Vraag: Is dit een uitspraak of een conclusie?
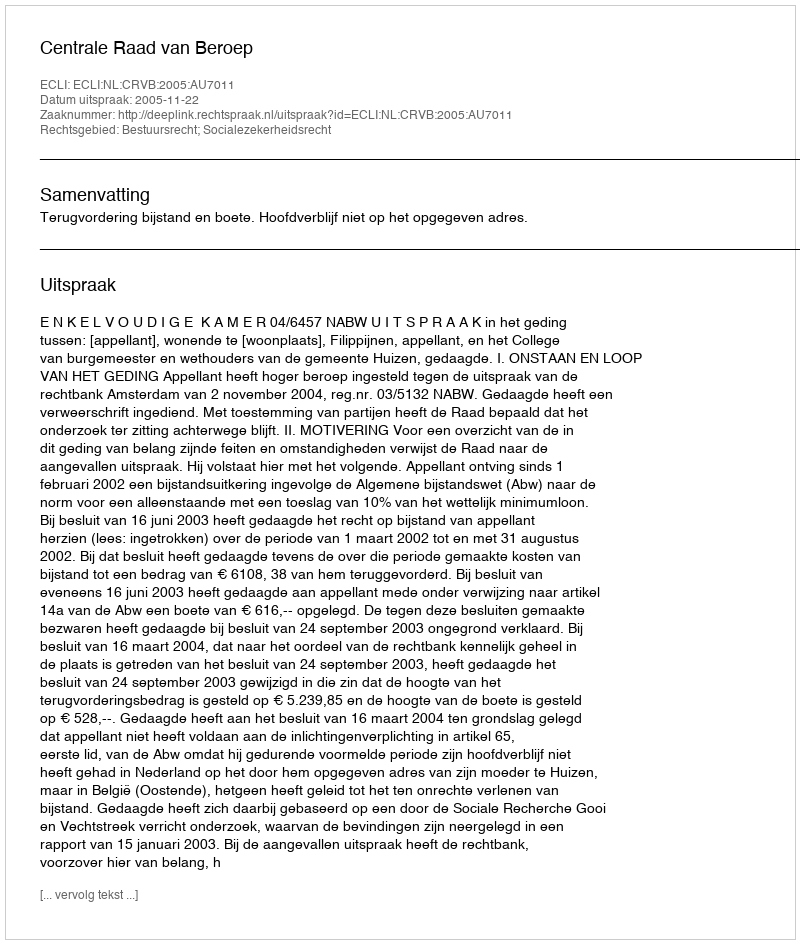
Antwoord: Uitspraak